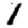
Digit: 1